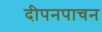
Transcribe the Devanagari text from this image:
दीपनपाचन